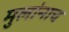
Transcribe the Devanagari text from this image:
मुलांनाच